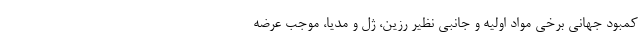
کمبود جهانی برخی مواد اولیه و جانبی نظیر رزین، ژل و مدیا، موجب عرضه